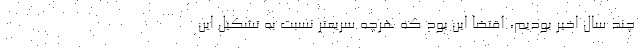
چند سال اخیر بودیم، اقتضا این بود که هرچه سریعتر نسبت به تشکیل این